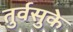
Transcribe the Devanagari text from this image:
तुर्वसुके